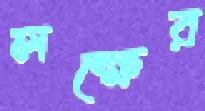
লক্ষের